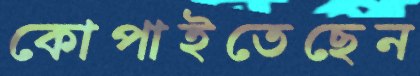
কোপাইতেছেন